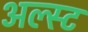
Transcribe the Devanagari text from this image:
अल्स्ट